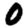
Digit: 0